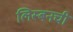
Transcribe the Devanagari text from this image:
लिस्बनची